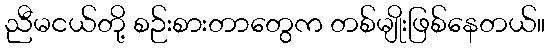
ညီမငယ်တို့ စဉ်းစားတာတွေက တစ်မျိုးဖြစ်နေတယ်။